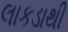
લાકડાથી